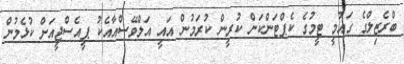
ބްރެޒިލްގެ ގައުމީ ޓީމުގެ ކެޕްޓަންކަން ކުރީން ކުރަމުން އައީ އަލްވޭސްއާއެކު ޕީއެސްޖީއަށް ކުޅެމުން